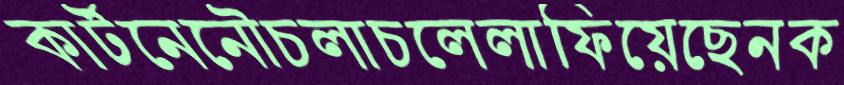
কার্টনেনৌচলাচলেলাফিয়েছেনক